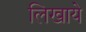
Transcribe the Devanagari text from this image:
लिखाये